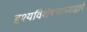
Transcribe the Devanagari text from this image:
दृश्यविशेषणाच्याद्वारे